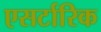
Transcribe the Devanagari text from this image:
एसर्टारिक